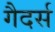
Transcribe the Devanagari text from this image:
गैदर्स